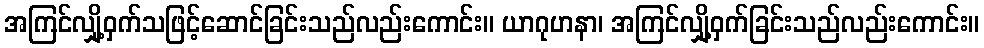
အကြင်လျှို့ဝှက်သဖြင့်ဆောင်ခြင်းသည်လည်းကောင်း။ ယာဂုဟနာ၊ အကြင်လျှို့ဝှက်ခြင်းသည်လည်းကောင်း။